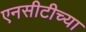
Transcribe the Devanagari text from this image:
एनसीटीच्या